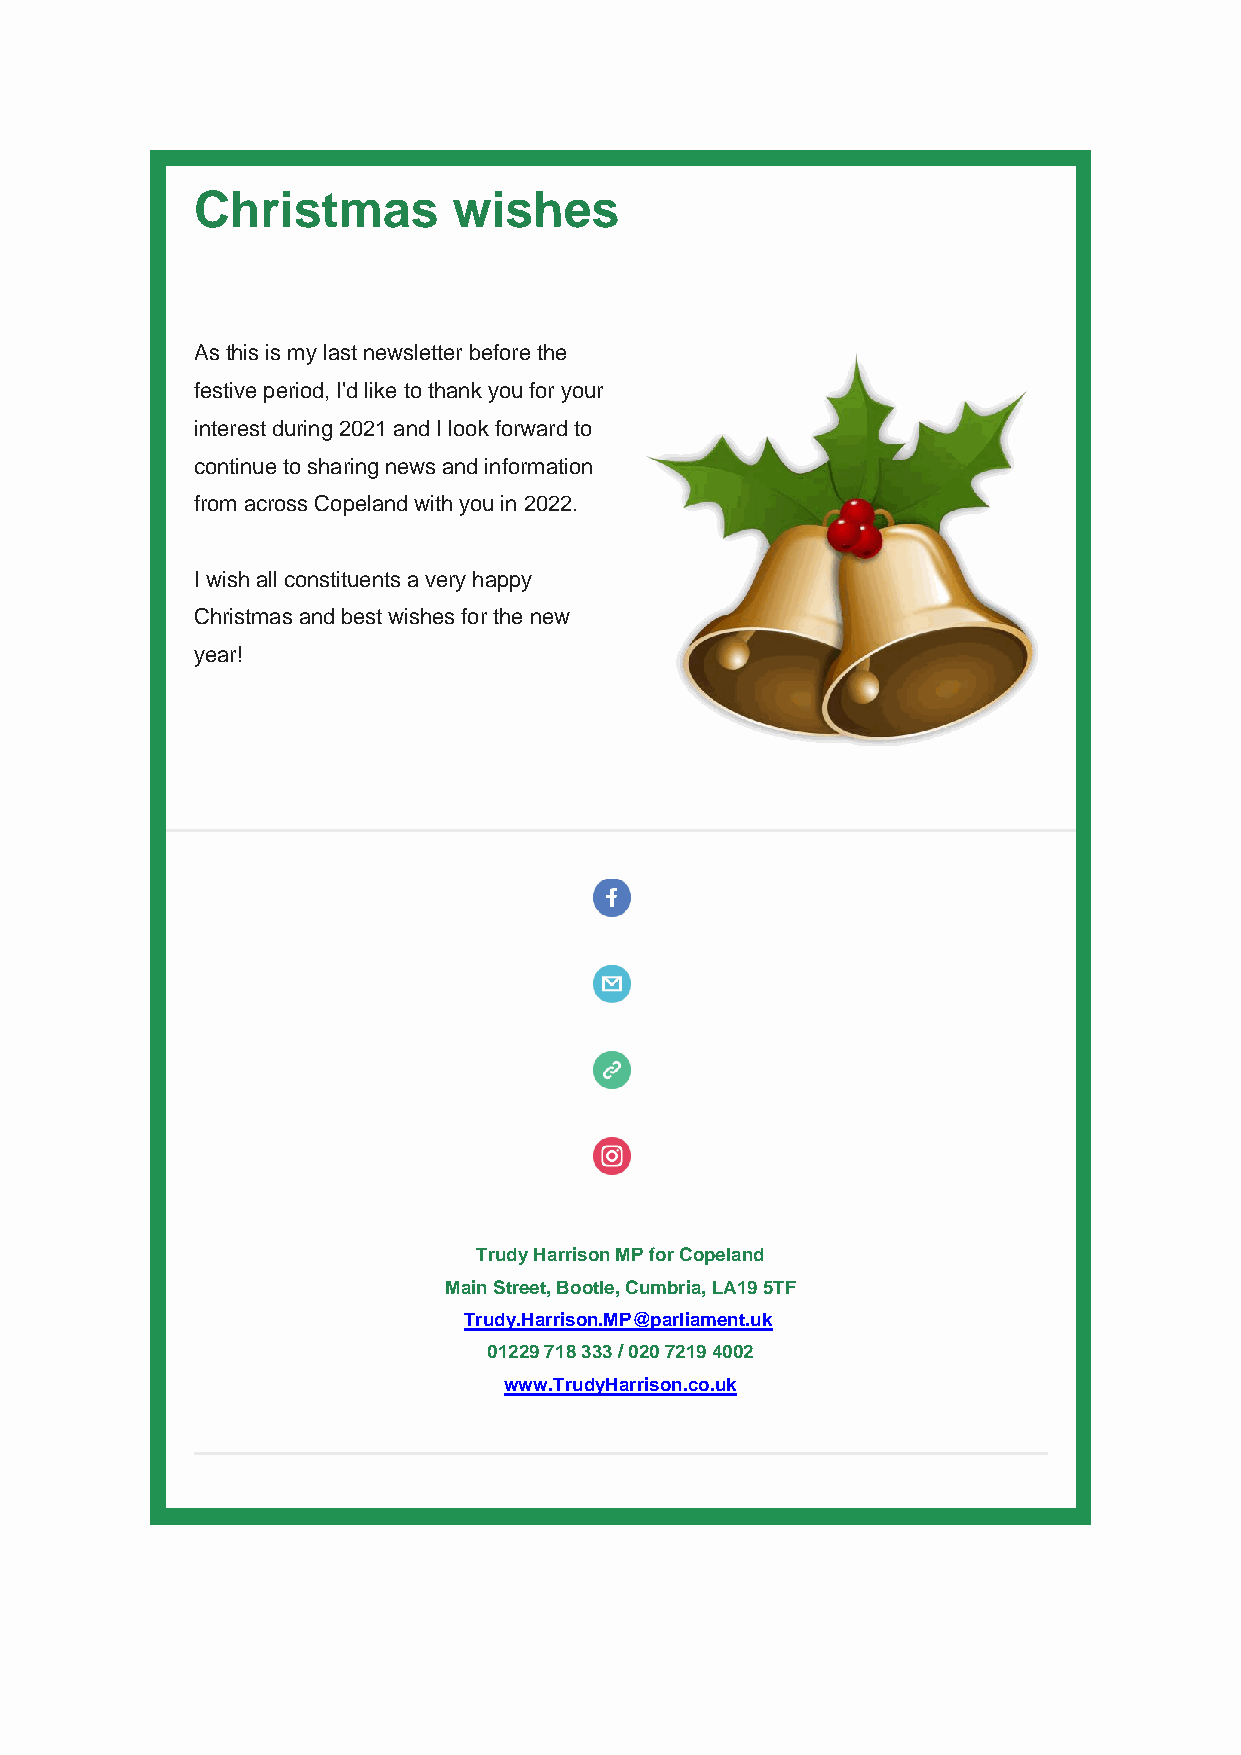
Christmas        wishes
 As this is my last newsletter before the
 festive period, I'd like to thank you for your
 interest during 2021 and I look forward to
 continue to sharing news and information
 from across Copeland with you in 2022.
 I wish all constituents a very happy
 Christmas and best wishes for the new
 year!
 Trudy Harrison MP for Copeland
 Main Street, Bootle, Cumbria, LA19 5TF
 Trudy.Harrison.MP@parliament.uk
 01229 718 333 / 020 7219 4002
 www.TrudyHarrison.co.uk